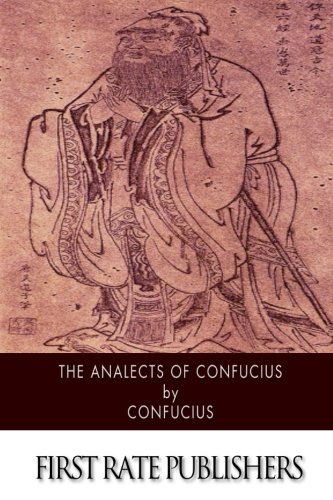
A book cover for The Analects of Confucius; Confucius; Religion & Spirituality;